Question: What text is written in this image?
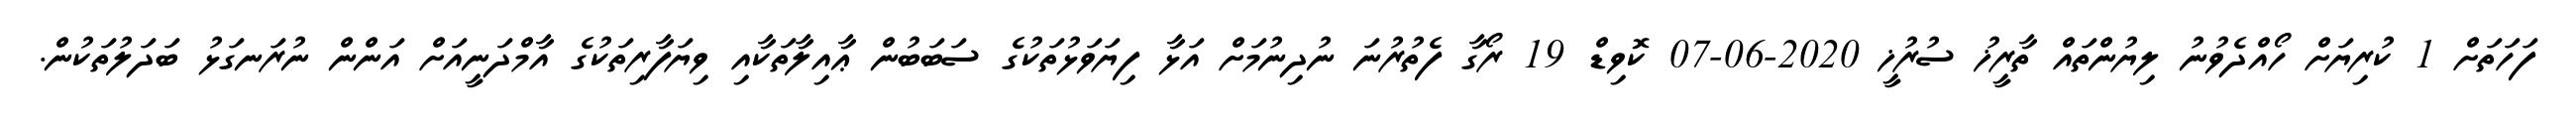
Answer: ފަހަތަށް 1 ކުރިޔަށް ހޯއްދެވުނު ލިޔުންތައް ތާރީޚު ސުރުޚީ 2020-06-07 ކޮވިޑް 19 ރޯގާ ފެތުރުނަ ނުދިނުމަށް އަޅާ ފިޔަވަޅުތަކުގެ ސަބަބުން ޢާއިލާތަކާއި ވިޔަފާރިތަކުގެ އާމްދަނީއަށް އަންން ނުރަނގަޅު ބަދަލުތަކުން.